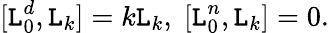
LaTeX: [\mathtt{L}_{0}^{d},\mathtt{L}_{k}]=k\mathtt{L}_{k},\; [\mathtt{L}_{0}^{n},\mathtt{L}_{k}]=0.